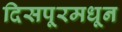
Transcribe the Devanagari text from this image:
दिसपूरमधून